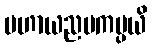
မဟာယညမကပ္ပယိ